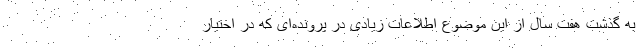
به گذشت هفت سال از این موضوع اطلاعات زیادی در پرونده‌ای که در اختیار